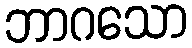
ဘာဂသော